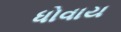
ધોવાય